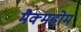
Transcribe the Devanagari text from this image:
मैक्महोम